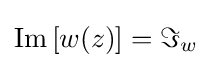
\operatorname {Im} \left[w(z)\right]=\Im _{w}